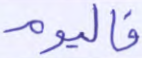
فاليوم